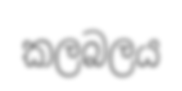
කලබලය